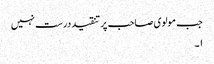
جب مولوی صاحب پر تنقید درست نہیں
۱۔